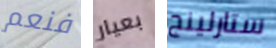
فنعم بعيار ستارلينج